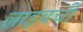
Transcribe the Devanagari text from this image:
लाइवची